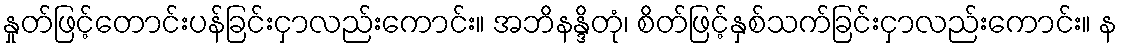
နှုတ်ဖြင့်တောင်းပန်ခြင်းငှာလည်းကောင်း။ အဘိနန္ဒိတုံ၊ စိတ်ဖြင့်နှစ်သက်ခြင်းငှာလည်းကောင်း။ န